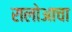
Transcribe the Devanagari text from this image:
रालोआचा